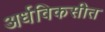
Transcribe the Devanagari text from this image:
अर्धविकसीत